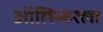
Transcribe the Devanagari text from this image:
ऑलिव्हरला